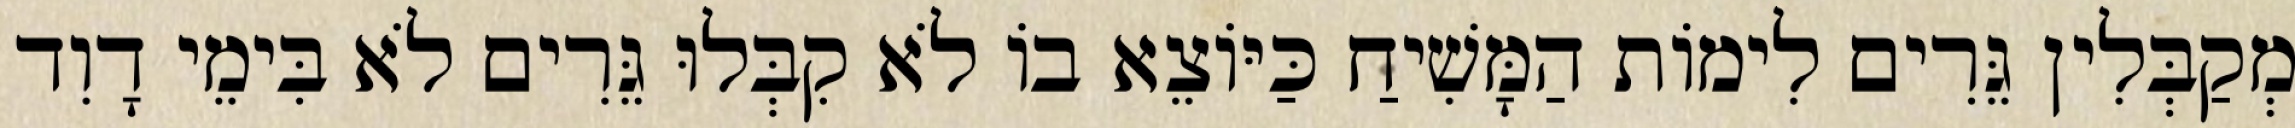
מְקַבְּלִין גֵּרִים לִימוֹת הַמָּשִׁיחַ כַּיּוֹצֵא בוֹ לֹא קִבְּלוּ גֵּרִים לֹא בִּימֵי דָוִד